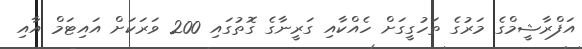
އަފްރާޝީމްގެ މަރުގެ ތަހުގީގަށް ހެއްކާއި ގަރީނާގެ ގޮތުގައި 200 ވަރަކަށް އައިޓަމް އާއި